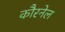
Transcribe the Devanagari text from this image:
कौरनेल